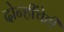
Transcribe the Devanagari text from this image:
दोन्हींचेही